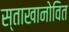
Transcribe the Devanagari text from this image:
स्ताखानोवित